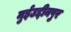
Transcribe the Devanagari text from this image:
मुईउद्दीनपुर